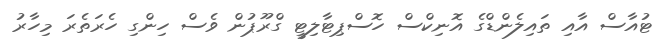
ޓުއާސް އާއި ތައިލެންޑްގެ އޮނިކްސް ހޮސްޕިޓާލިޓީ ގްރޫޕުން ވެސް ހިންގި ހެރަތެރަ މިހާރު